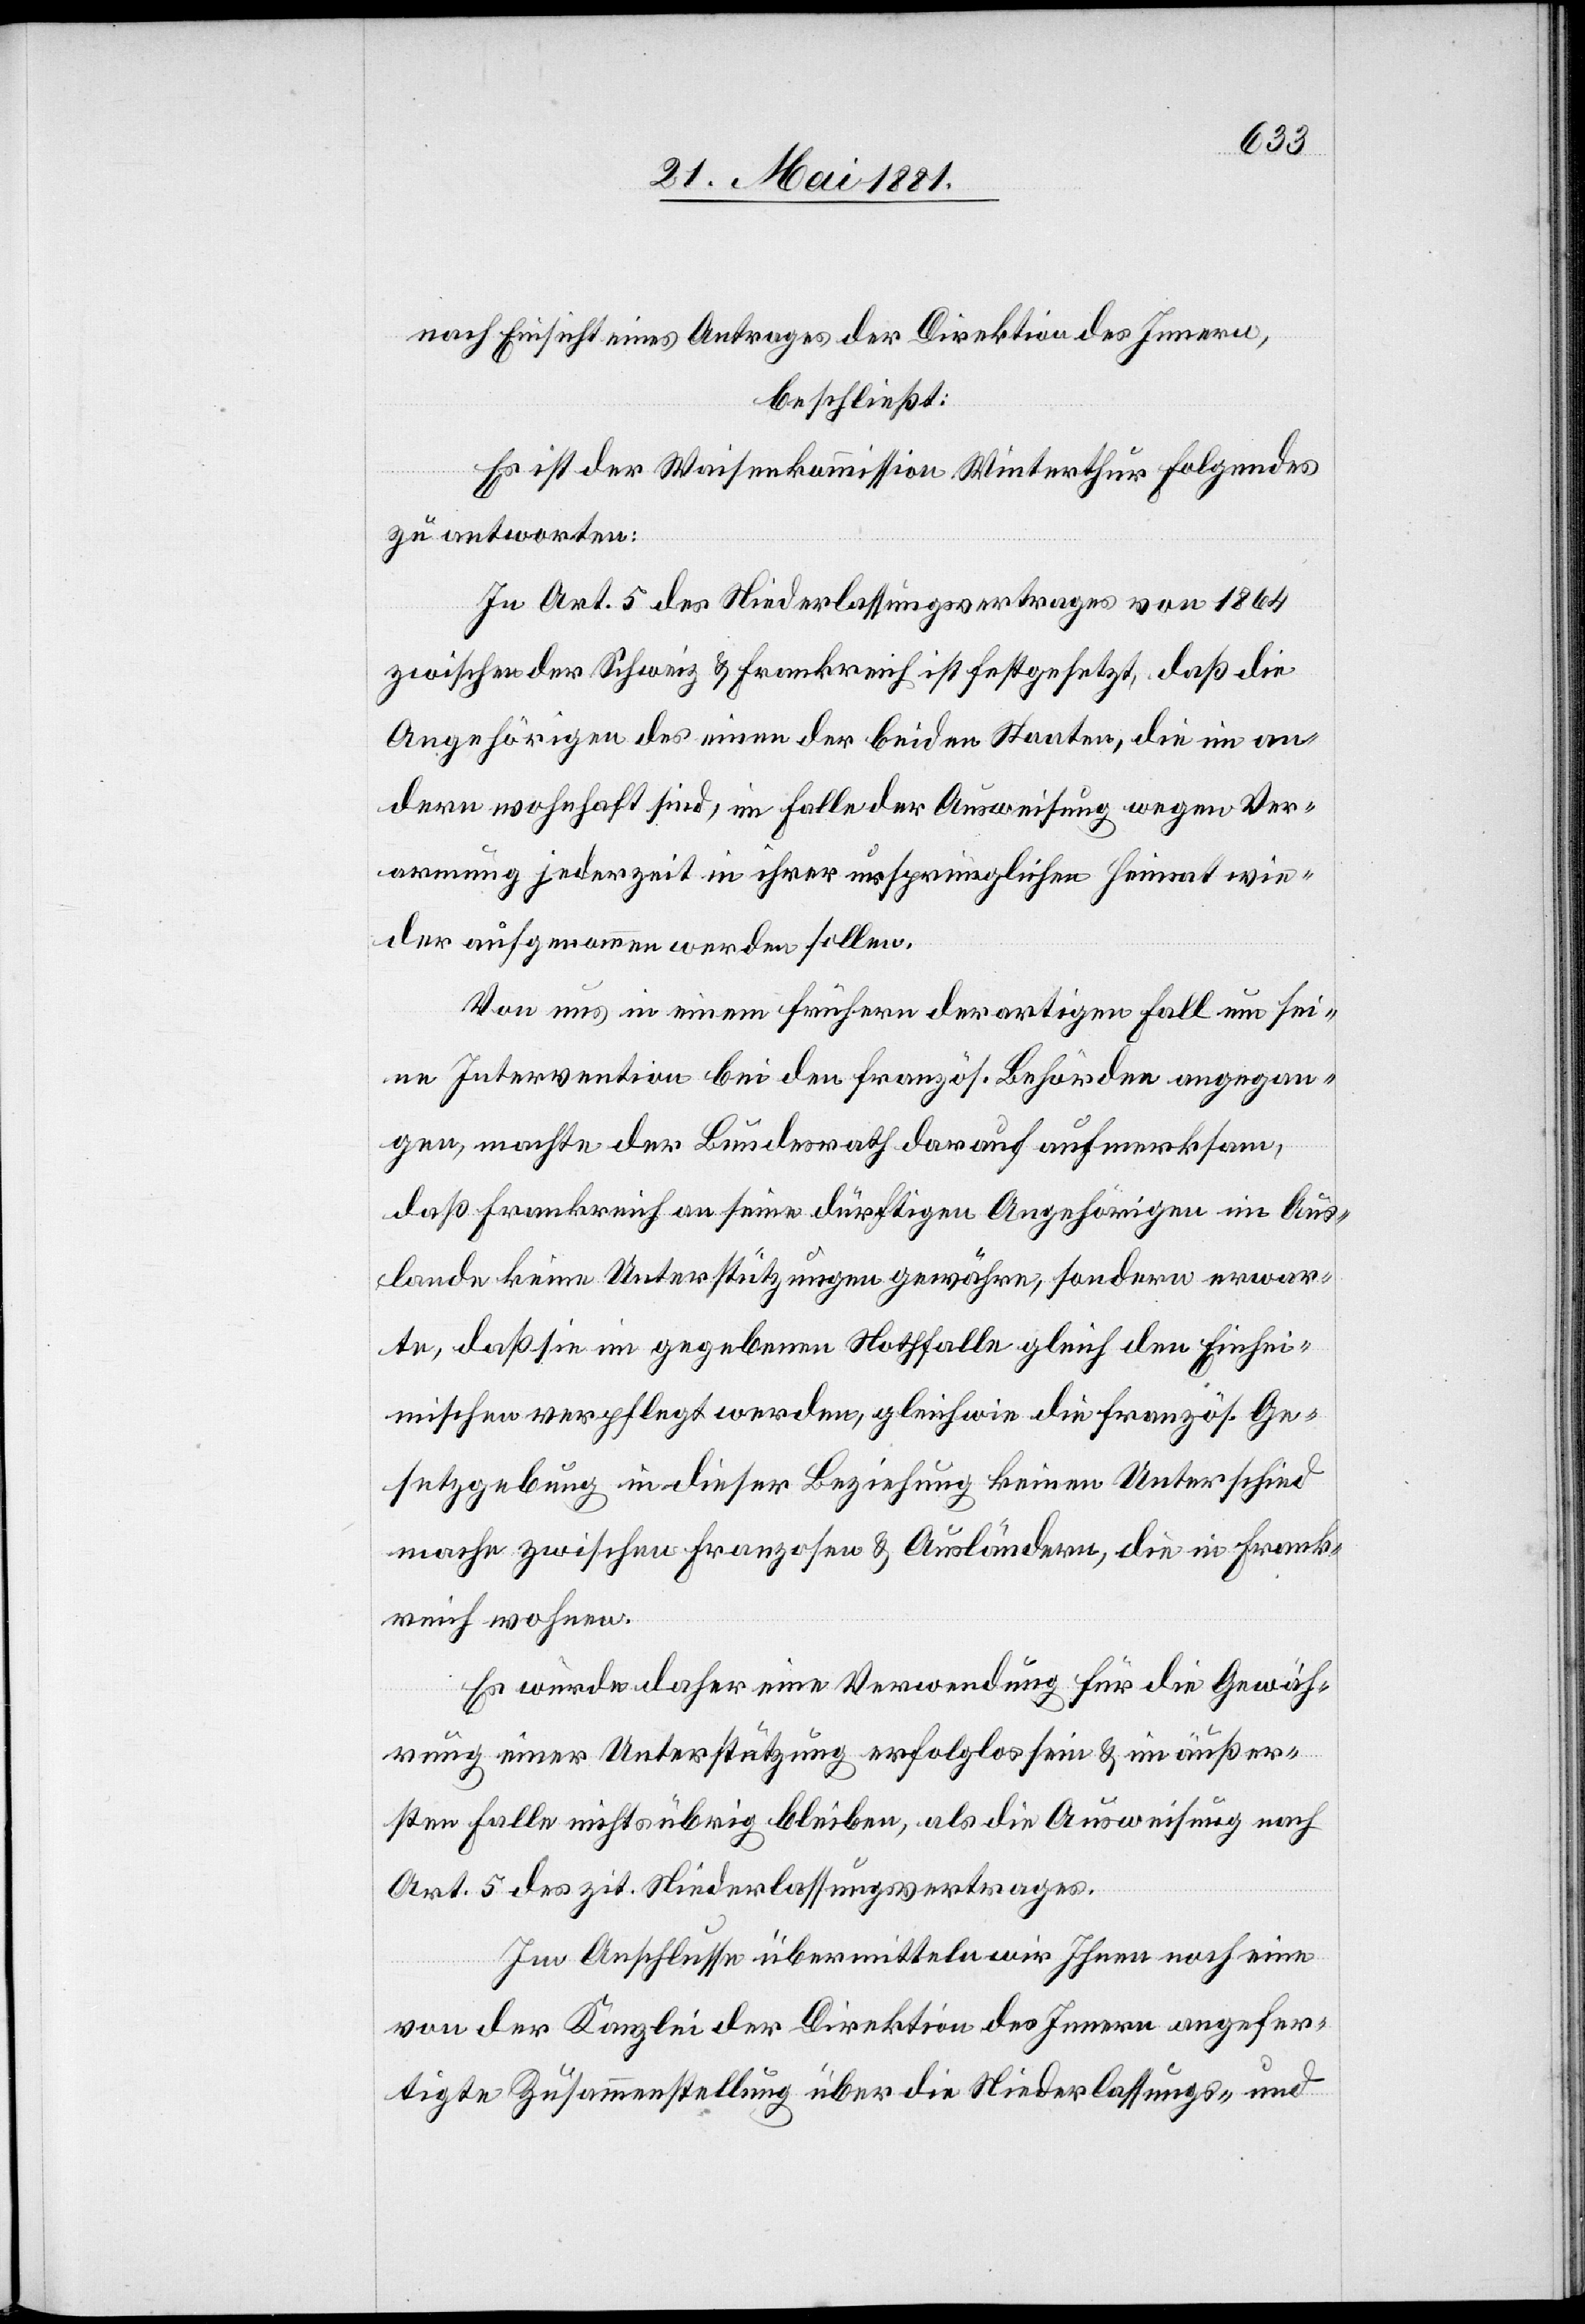
nach Einsicht eines Antrages der Direktion des Innern,
beschließt:
Es ist der Waisenkommission Winterthur folgendes
zu antworten:
In Art. 5 des Niederlassungsvertrages von 1864
zwischen der Schweiz & Frankreich ist festgesetzt, daß die
Angehörigen des einen der beiden Staaten, die im an¬
dern wohnhaft sind, im Falle der Ausweisung wegen Ver¬
armung jederzeit in ihrer ursprünglichen Heimat wie¬
der aufgenommen werden sollen.
Von uns in einem frühern derartigen Fall um sei¬
ne Intervention bei den französ. Behörden angegan¬
gen, machte der Bundesrath darauf aufmerksam,
daß Frankreich an seine dürftigen Angehörigen im Aus¬
lande keine Unterstützungen gewähre, sondern erwar¬
te, daß sie im gegebenen Nothfalle gleich den Einhei¬
mischen verpflegt werden, gleichwie die französ. Ge¬
setzgebung in dieser Beziehung keinen Unterschied
mache zwischen Franzosen & Ausländern, die in Frank¬
reich wohnen.
Es würde daher eine Verwendung für die Gewäh¬
rung einer Unterstützung erfolglos sein & im äußer¬
sten Falle nichts übrig bleiben, als die Ausweisung nach
Art. 5 des zit. Niederlassungsvertrages.
Im Anschlusse übermitteln wir Ihnen noch eine
von der Kanzlei der Direktion des Innern angefer¬
tigte Zusammenstellung über die Niederlassungs- und